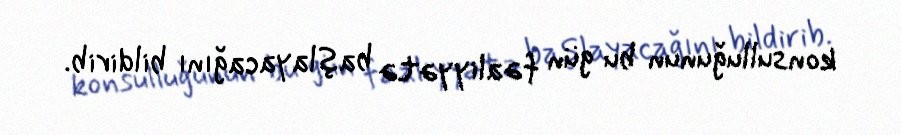
konsulluğunun bu gün fəaliyyətə başlayacağını bildirib.